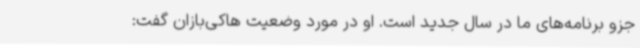
جزو برنامه‌های ما در سال جدید است. او در مورد وضعیت هاکی‌بازان گفت: